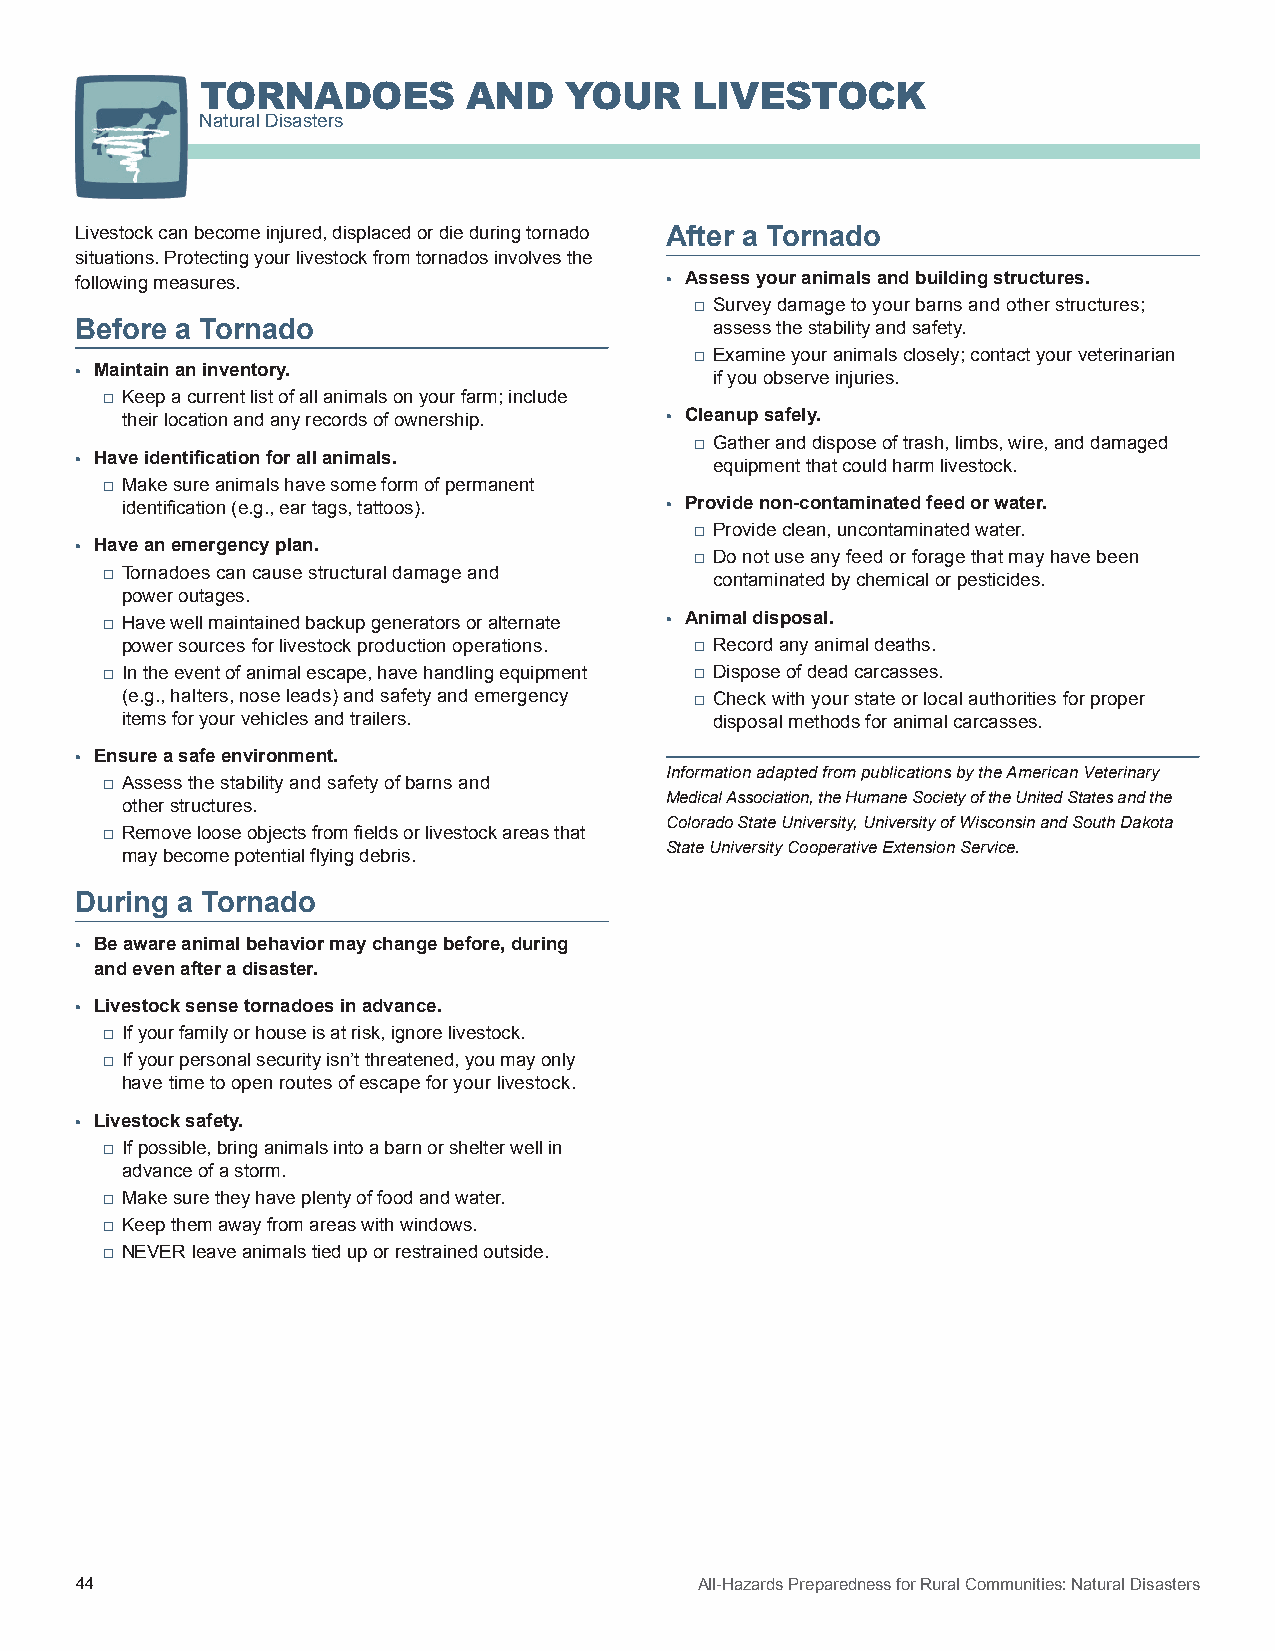
TORNADOES         AND   YOUR     LIVESTOCK
 Natural Disasters
 Livestock can become injured, displaced or die during tornado After a Tornado
 situations. Protecting your livestock from tornados involves the
 following measures.                    • Assess your animals and building structures.
 □ Survey damage to your barns and other structures;
 Before a Tornado                          assess the stability and safety.
 □ Examine your animals closely; contact your veterinarian
 • Maintain an inventory.
 if you observe injuries.
 □ Keep a current list of all animals on your farm; include
 their location and any records of ownership. • Cleanup safely.
 □ Gather and dispose of trash, limbs, wire, and damaged
 • Have identification for all animals.
 equipment that could harm livestock.
 □ Make sure animals have some form of permanent
 identification (e.g., ear tags, tattoos). • Provide non-contaminated feed or water.
 □ Provide clean, uncontaminated water.
 • Have an emergency plan.
 □ Do not use any feed or forage that may have been
 □ Tornadoes can cause structural damage and
 contaminated by chemical or pesticides.
 power outages.
 □ Have well maintained backup generators or alternate • Animal disposal.
 power sources for livestock production operations. □ Record any animal deaths.
 □ In the event of animal escape, have handling equipment □ Dispose of dead carcasses.
 (e.g., halters, nose leads) and safety and emergency □ Check with your state or local authorities for proper
 items for your vehicles and trailers.  disposal methods for animal carcasses.
 • Ensure a safe environment.
 Information adapted from publications by the American Veterinary
 □ Assess the stability and safety of barns and
 Medical Association, the Humane Society of the United States and the
 other structures.
 Colorado State University, University of Wisconsin and South Dakota
 □ Remove loose objects from fields or livestock areas that
 State University Cooperative Extension Service.
 may become potential flying debris.
 During a Tornado
 • Be aware animal behavior may change before, during
 and even after a disaster.
 • Livestock sense tornadoes in advance.
 □ If your family or house is at risk, ignore livestock.
 □ If your personal security isn’t threatened, you may only
 have time to open routes of escape for your livestock.
 • Livestock safety.
 □ If possible, bring animals into a barn or shelter well in
 advance of a storm.
 □ Make sure they have plenty of food and water.
 □ Keep them away from areas with windows.
 □ NEVER leave animals tied up or restrained outside.
 44                                       All-Hazards Preparedness for Rural Communities: Natural Disasters